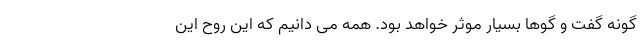
گونه گفت و گوها بسیار موثر خواهد بود. همه می دانیم که این روح این